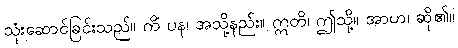
သုံးဆောင်ခြင်းသည်။ ကိံ ပန၊ အသို့နည်း။ ဣတိ၊ ဤသို့။ အာဟ၊ ဆို၏။